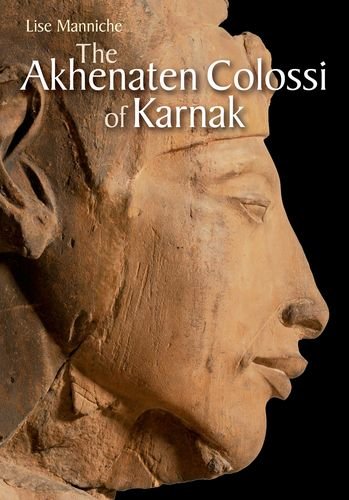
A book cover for The Akhenaten Colossi of Karnak; Lise Manniche; Arts & Photography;